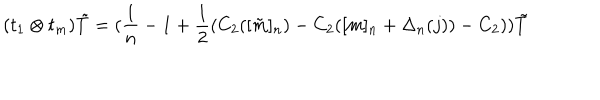
( t _ { 1 } \otimes t _ { m } ) \tilde { T } = ( \frac { 1 } { n } - 1 + \frac { 1 } { 2 } ( C _ { 2 } ( [ \tilde { m } ] _ { n } ) - C _ { 2 } ( [ m ] _ { n } + \Delta _ { n } ( j ) ) - C _ { 2 } ) ) \tilde { T }